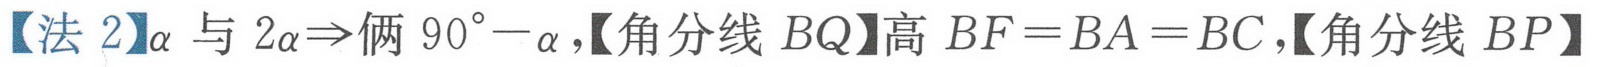
【法 2】\(\alpha\)与 \(2\alpha\Rightarrow\)俩 \(90^{\circ}-\alpha\)，【角分线 \(BQ\)】高 \(BF = BA = BC\)，【角分线 \(BP\)】